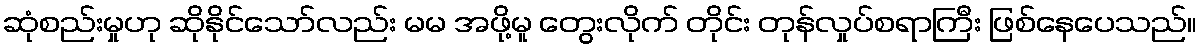
ဆုံစည်းမှုဟု ဆိုနိုင်သော်လည်း မမ အဖို့မူ တွေးလိုက် တိုင်း တုန်လှုပ်စရာကြီး ဖြစ်နေပေသည်။